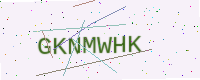
Text: GKNMWHK